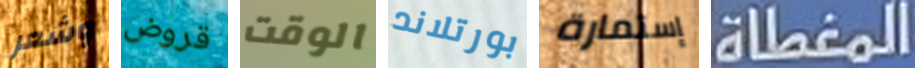
وشعر قروض الوقت بورتلاند إستمارة المغطاة